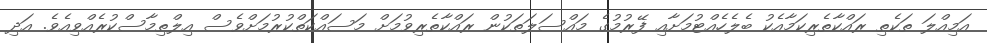
އަމިއްލަ ތަކެތި ރައްކާތެރިކަމާއެކު ބެލެހެއްޓުމަށާއި ފޭރުމުގެ މައްސަލަތަކުން ރައްކާތެރިވުމަށް މަސައްކަތްކުރުމަށްވެސް އިލްތިމާސްކުރެއްވިއެވެ. އަދި